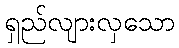
ရှည်လျားလှသော